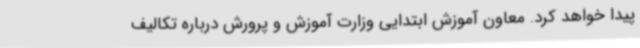
پیدا خواهد کرد. معاون آموزش ابتدایی وزارت آموزش و پرورش درباره تکالیف